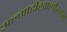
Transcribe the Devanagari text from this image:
अल्माटीखालोखाल